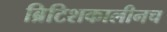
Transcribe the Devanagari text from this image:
ब्रिटिशकालीनच